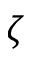
\zeta